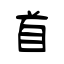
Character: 首